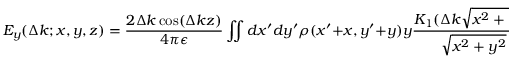
E _ { y } ( \Delta k ; x , y , z ) = \frac { 2 \Delta k \cos ( \Delta k z ) } { 4 \pi \epsilon } \iint d x ^ { \prime } d y ^ { \prime } \rho ( x ^ { \prime } + x , y ^ { \prime } + y ) y \frac { K _ { 1 } ( \Delta k \sqrt { x ^ { 2 } + y ^ { 2 } } ) } { \sqrt { x ^ { 2 } + y ^ { 2 } } } ~ ,